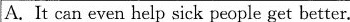
A. It can even help sick people get better.